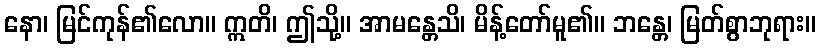
နော၊ မြင်ကုန်၏လော။ ဣတိ၊ ဤသို့။ အာမန္တေသိ၊ မိန့်တော်မူ၏။ ဘန္တေ၊ မြတ်စွာဘုရား။